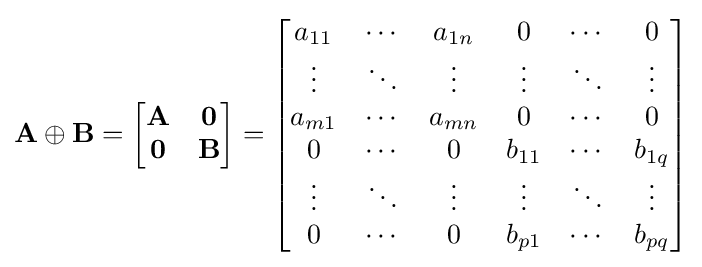
\mathbf {A} \oplus \mathbf {B} ={\begin{bmatrix}\mathbf {A} &{\boldsymbol {0}}\\{\boldsymbol {0}}&\mathbf {B} \end{bmatrix}}={\begin{bmatrix}a_{11}&\cdots &a_{1n}&0&\cdots &0\\\vdots &\ddots &\vdots &\vdots &\ddots &\vdots \\a_{m1}&\cdots &a_{mn}&0&\cdots &0\\0&\cdots &0&b_{11}&\cdots &b_{1q}\\\vdots &\ddots &\vdots &\vdots &\ddots &\vdots \\0&\cdots &0&b_{p1}&\cdots &b_{pq}\end{bmatrix}}